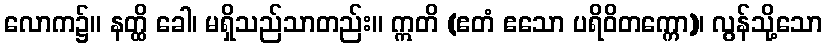
လောက၌။ နတ္ထိ ခေါ၊ မရှိသည်သာတည်း။ ဣတိ (ဧတံ ဧသော ပရိဝိတက္ကော)၊ လွန်သို့သော